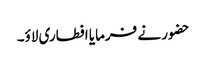
حضور نے فرمایا افطاری لاؤ۔